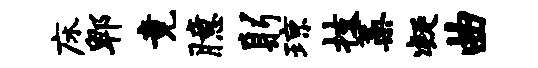
床郫竟臆躬琼技蒿凝曲